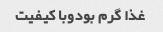
غذا گرم بودوبا کیفیت